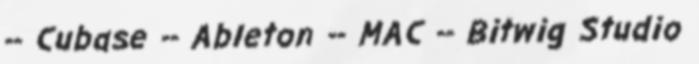
-- Cubase -- Ableton -- MAC -- Bitwig Studio